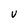
Character: v